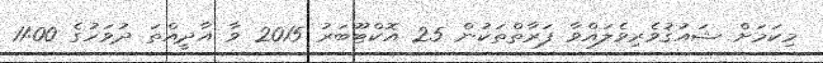
މިކަމަށް ޝައުޤުވެރިވެލައްވާ ފަރާތްތަކުން 25 އޮކްޓޫބަރު 2015 ވާ އާދީއްތަ ދުވަހުގެ 11:00